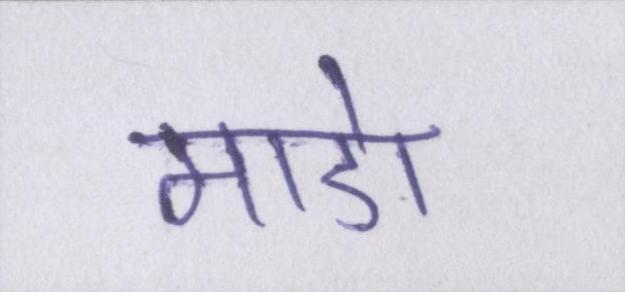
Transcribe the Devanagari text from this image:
माडो